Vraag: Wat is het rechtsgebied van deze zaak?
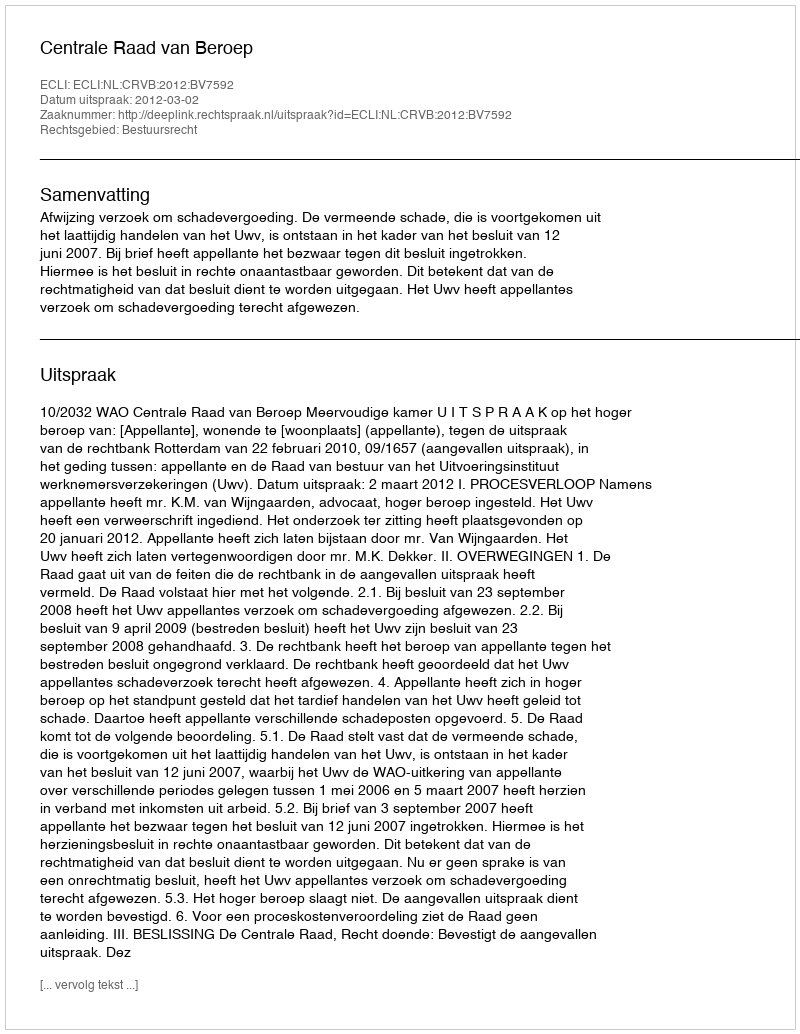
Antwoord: Bestuursrecht